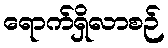
ရောက်ရှိလာစဉ်